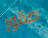
صقور